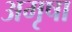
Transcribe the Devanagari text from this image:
अमृषा